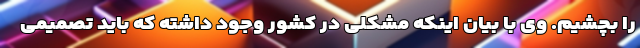
را بچشیم. وی با بیان اینکه مشکلی در کشور وجود داشته که باید تصمیمی